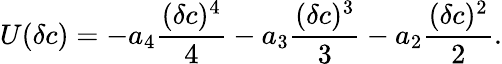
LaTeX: \begin{array}{l}{\displaystyle{U(\delta c)=-a_{4}\frac{(\delta c)^{4}}{4}-a_{3}\frac{(\delta c)^{3}}{3}-a_{2}\frac{(\delta c)^{2}}{2}.}}\end{array}